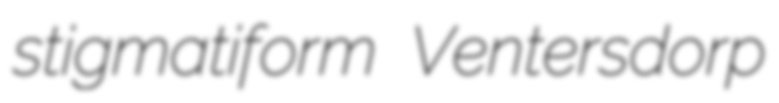
stigmatiform Ventersdorp